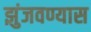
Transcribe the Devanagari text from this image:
झुंजवण्यास